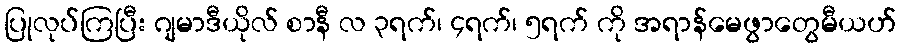
ပြုလုပ်ကြပြီး ဂျမာဒီယိုလ် စာနီ လ ၃ရက်၊ ၄ရက်၊ ၅ရက် ကို အရာန်မေဖွာတွေမီယဟ်